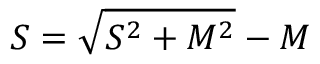
{ S } = \sqrt { { S } ^ { 2 } + M ^ { 2 } } - M